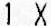
1 X